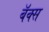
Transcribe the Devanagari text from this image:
बॅक्स